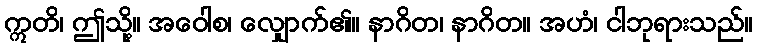
ဣတိ၊ ဤသို့။ အဝေါစ၊ လျှောက်၏။ နာဂိတ၊ နာဂိတ။ အဟံ၊ ငါဘုရားသည်။